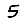
Digit: 5